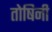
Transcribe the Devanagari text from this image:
तोषिनी